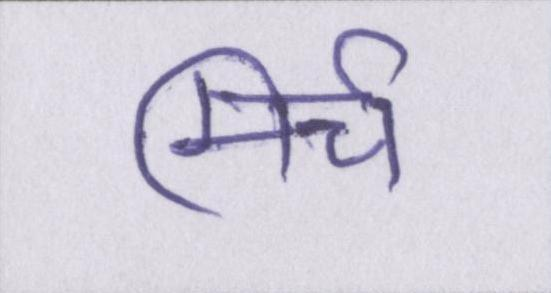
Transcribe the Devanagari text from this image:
मिर्च